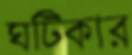
ঘটিকার